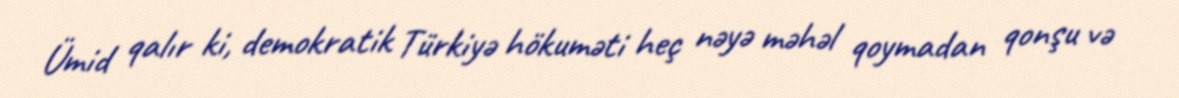
Ümid qalır ki, demokratik Türkiyə hökuməti heç nəyə məhəl qoymadan qonşu və